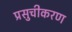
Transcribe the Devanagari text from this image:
प्रसुचीकरण